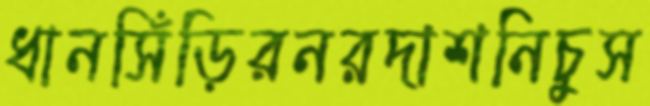
ধানসিঁড়িরনরদাশনিচুস